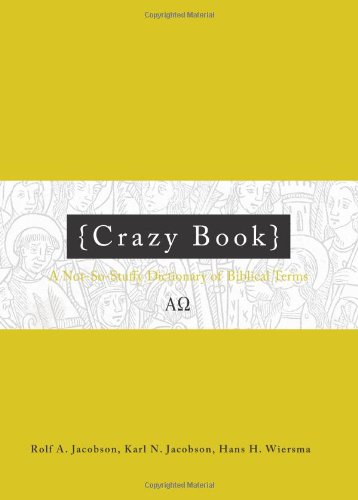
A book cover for Crazy Book: A Not-So-Stuffy Dictionary of Biblical Terms; Rolf A. Jacobson; Christian Books & Bibles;